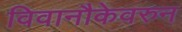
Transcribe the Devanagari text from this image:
विवानौकेवरुन